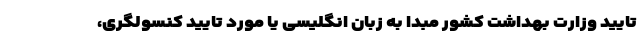
تایید وزارت بهداشت کشور مبدا به زبان انگلیسی یا مورد تایید کنسولگری،